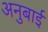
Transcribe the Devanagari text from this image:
अनुबाई